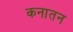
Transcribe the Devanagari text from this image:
कनातन